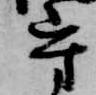
守